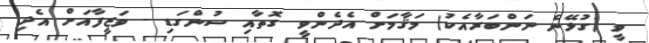
ވީ (ގުޅޭނެ ނަންބަރާއެކު) މަޤާމަށް އެދެންވީ ގޮތާއި ސުންގަޑި - ވަޒީފާއަށް އެދި